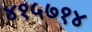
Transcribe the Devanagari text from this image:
४१५७१४